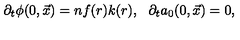
\partial _ { t } \phi ( 0 , \vec { x } ) = n f ( r ) k ( r ) , \: \: \: \partial _ { t } a _ { 0 } ( 0 , \vec { x } ) = 0 ,